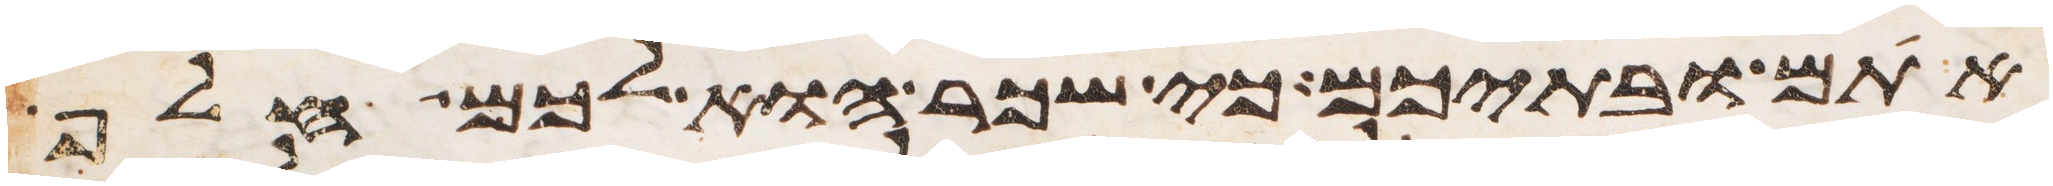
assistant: אתם ובתיכם כי שכר הוא לכם חלף